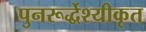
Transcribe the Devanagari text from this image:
पुनरूर्द्धेश्यीकृत